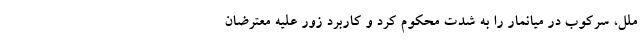
ملل، سرکوب در میانمار را به شدت محکوم کرد و کاربرد زور علیه معترضان